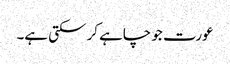
عورت جو چاہے کر سکتی ہے۔